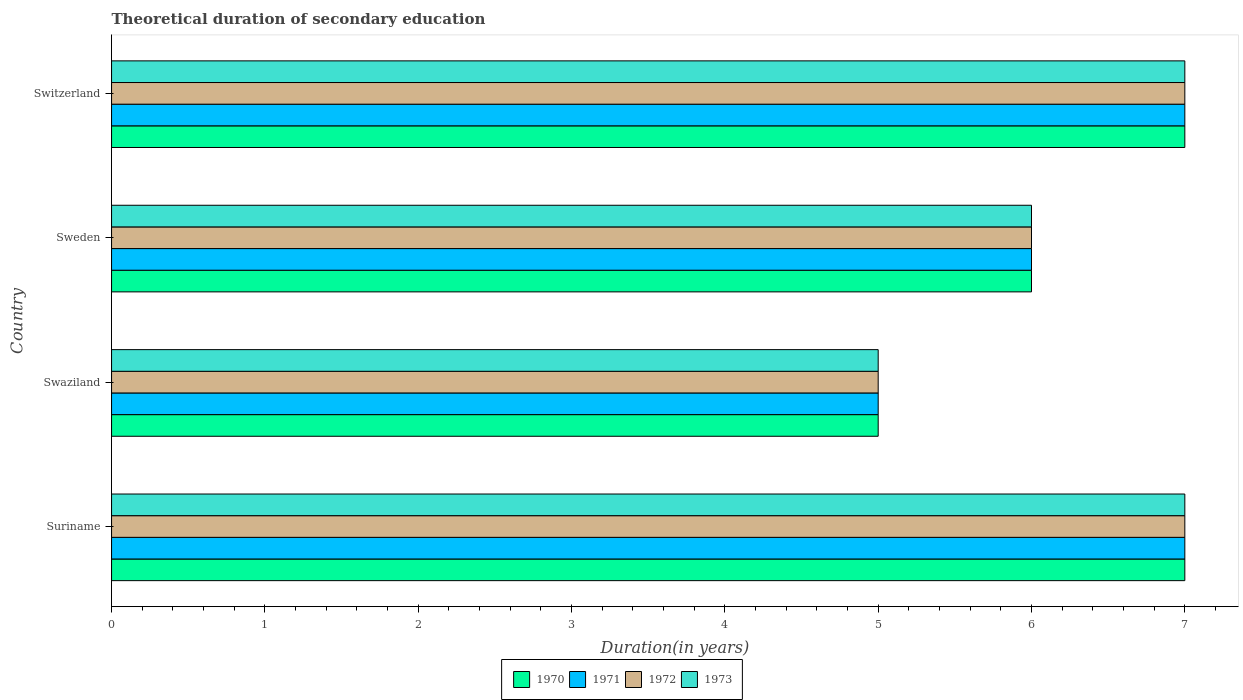
| Country | 1970 | 1971 | 1972 | 1973 |
 | --- | --- | --- | --- | --- |
 | Suriname | 7 | 7 | 7 | 7 |
 | Swaziland | 5 | 5 | 5 | 5 |
 | Sweden | 6 | 6 | 6 | 6 |
 | Switzerland | 7 | 7 | 7 | 7 |